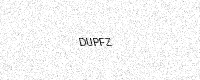
Text: DUPFZ